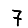
Digit: 7